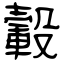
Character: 轂